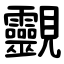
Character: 䚖